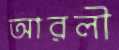
আরলী